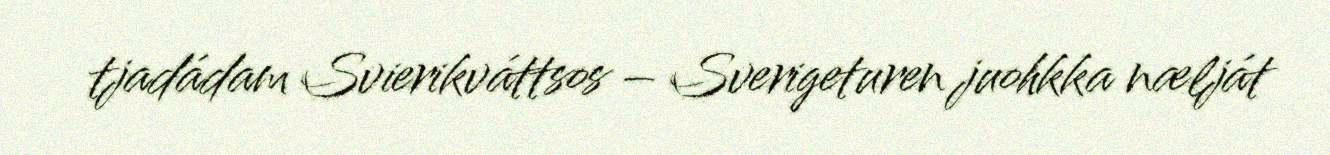
tjadádam Svierikváttsos – Sverigeturen juohkka nælját